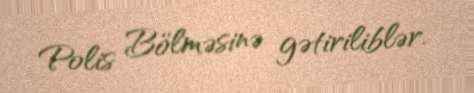
Polis Bölməsinə gətiriliblər.